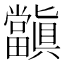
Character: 𭻺